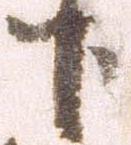
下